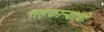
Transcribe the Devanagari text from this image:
सहकाऱ्याची